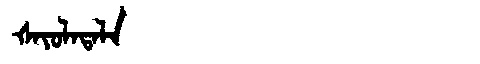
Manchu: ᡧᠠᠶᠣᠯᠠᡨᠠᠯᠠ
Romanization: ŠAYOLATALA